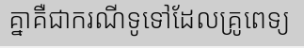
គ្នាគឺជាករណីទូទៅដែលគ្រូពេទ្យ